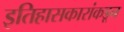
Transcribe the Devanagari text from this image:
इतिहासकारांकडून